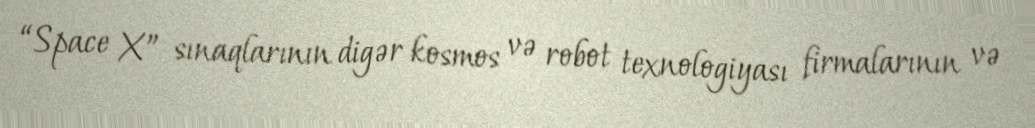
“Space X” sınaqlarının digər kosmos və robot texnologiyası firmalarının və